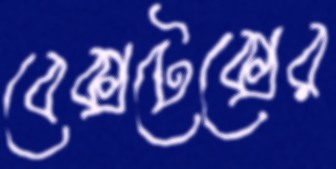
বেক্সটেক্সের